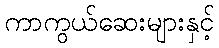
ကာကွယ်ဆေးများနှင့်